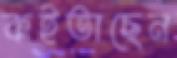
কইতাছেন